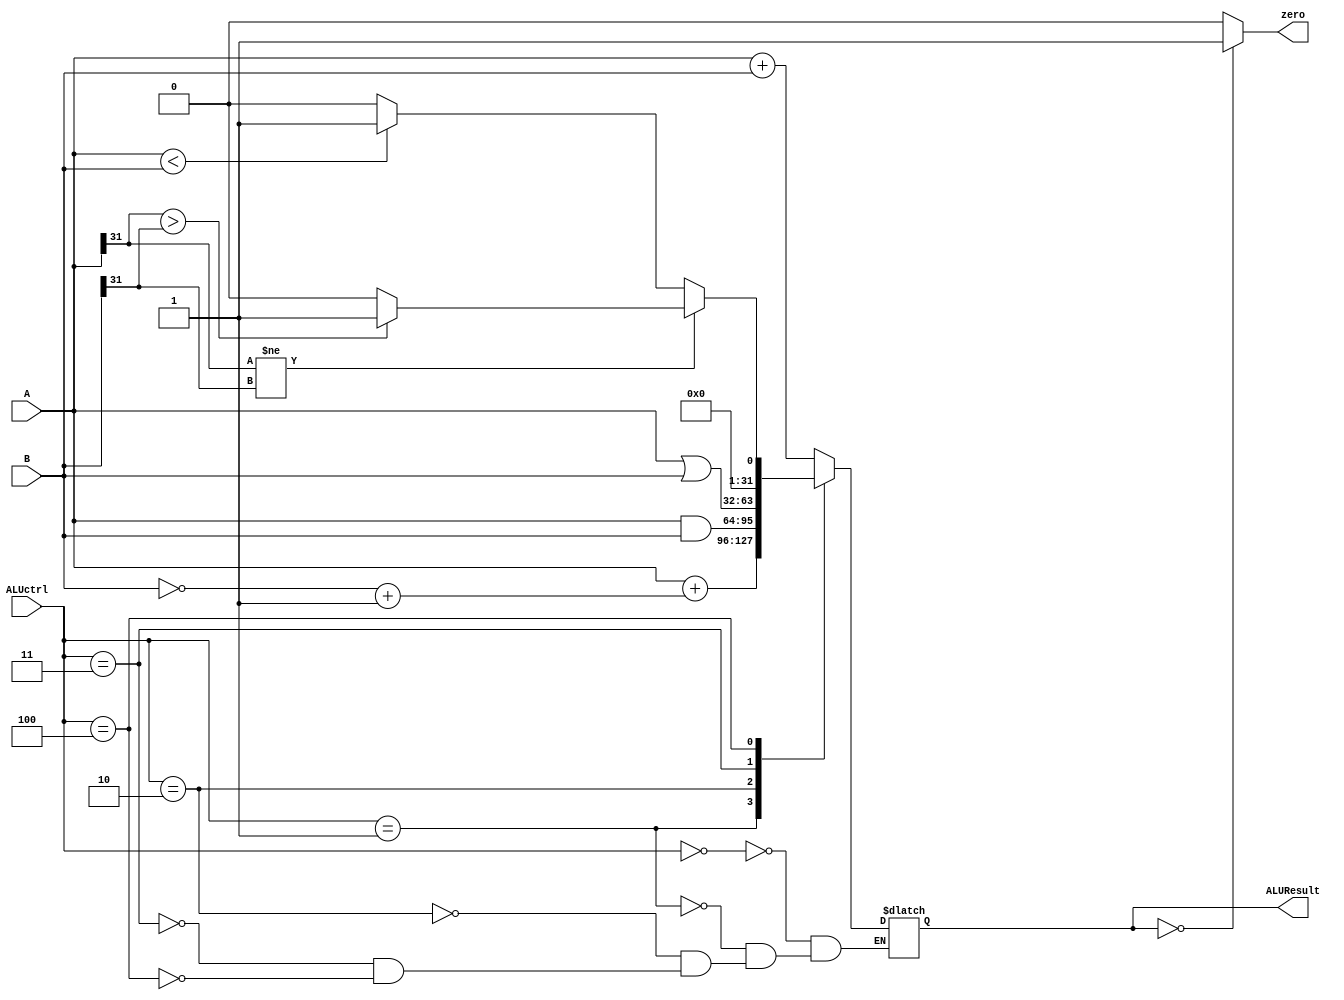
module ALU (A , B , ALUctrl , ALUResult , zero);
	input [31:0] A , B;
	input [2:0] ALUctrl;
	output reg [31:0] ALUResult;
	output reg zero;

	always@(ALUctrl or A or B) begin
		case(ALUctrl)
			0: //ADD
				ALUResult <= A+B;
			1: //SUB
				ALUResult <= A+(~B+1);
			2: //AND
				ALUResult <= A&B;
			3: //OR
				ALUResult <= A|B;
			4: //SLT
				begin 
				if (A[31] != B[31]) begin
					if (A[31] > B[31]) begin
						ALUResult <= 1;
					end else begin
						ALUResult <= 0;
					end
				end else begin
					if (A < B)
					begin
						ALUResult <= 1;
					end
					else
					begin
						ALUResult <= 0;
					end
				end
			end
		endcase
	end

	always @(ALUResult) begin
		if (ALUResult == 0) begin
			zero <= 1;
		end else begin
			zero <= 0;
		end
	end
endmodule